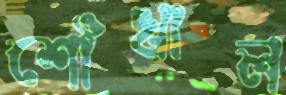
শোঁখাল